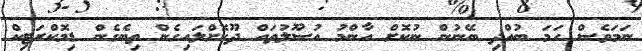
ނަމަވެސް ހަމަ ބުއްދި ބޭނުން ނުކޮށް އާންމު އުސޫލުތައް ދޫކޮށްލައިގެން ތިބެގެން ޑިމޮކްރަޓިކް